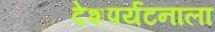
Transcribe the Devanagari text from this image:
देशपर्यटनाला